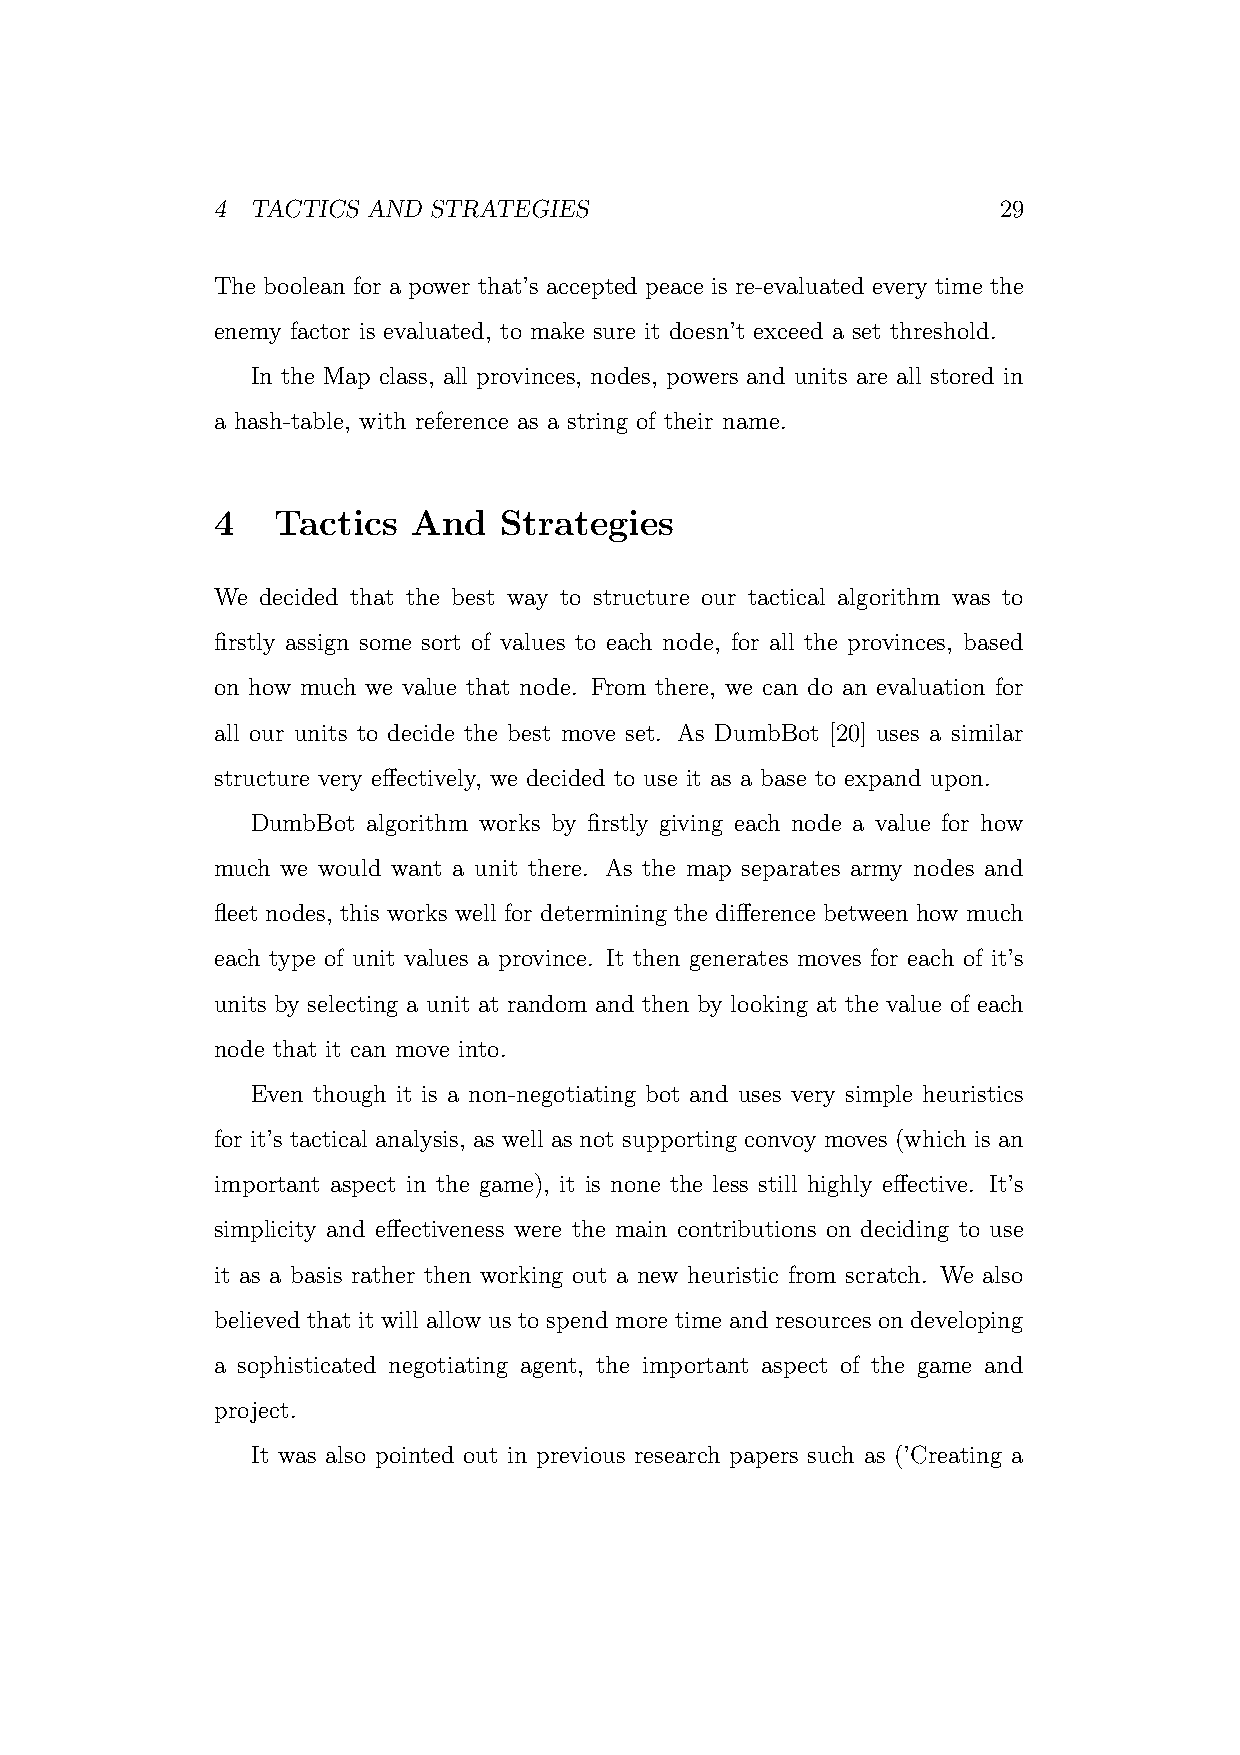
4  TACTICS AND STRATEGIES                           29
 The boolean for a power that’s accepted peace is re-evaluated every time the
 enemy factor is evaluated, to make sure it doesn’t exceed a set threshold.
 In the Map class, all provinces, nodes, powers and units are all stored in
 a hash-table, with reference as a string of their name.
 4   Tactics  And   Strategies
 We decided that the best way to structure our tactical algorithm was to
 firstly assign some sort of values to each node, for all the provinces, based
 on how much we value that node. From there, we can do an evaluation for
 all our units to decide the best move set. As DumbBot [20] uses a similar
 structure very effectively, we decided to use it as a base to expand upon.
 DumbBot algorithm works by firstly giving each node a value for how
 much we would want a unit there. As the map separates army nodes and
 fleet nodes, this works well for determining the difference between how much
 each type of unit values a province. It then generates moves for each of it’s
 units by selecting a unit at random and then by looking at the value of each
 node that it can move into.
 Even though it is a non-negotiating bot and uses very simple heuristics
 for it’s tactical analysis, as well as not supporting convoy moves (which is an
 important aspect in the game), it is none the less still highly effective. It’s
 simplicity and effectiveness were the main contributions on deciding to use
 it as a basis rather then working out a new heuristic from scratch. We also
 believed that it will allow us to spend more time and resources on developing
 a sophisticated negotiating agent, the important aspect of the game and
 project.
 It was also pointed out in previous research papers such as (’Creating a